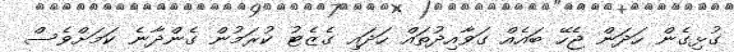
ގުޅިގެން ހަދަން ޖެހޭ ބައެއް ގަވާއިދުތައް ހަދައި ގެޒެޓު ކުރަމުން ގެންދާނެ ކަމަށްވެސް